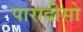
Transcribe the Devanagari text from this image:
पारादीसो